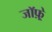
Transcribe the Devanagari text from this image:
जाॅफ़्रे